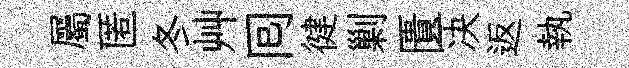
屬匿冬艸囘徤剿匱决返執